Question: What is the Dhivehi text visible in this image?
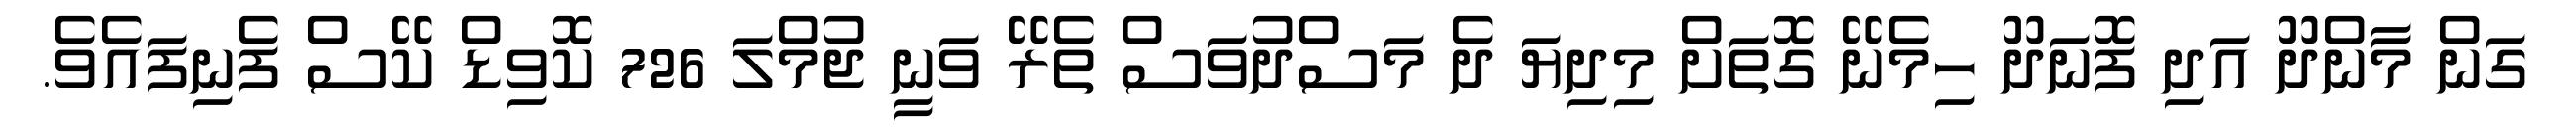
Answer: ގަން މާންދޫ އަދި ފޮނަދޫ ހިމެނޭ ގޮތަށް މިދިޔަ ދެ މަސްދުވަސް ތެރޭ ވަނީ ޖުމްލަ 726 ކޮވިޑް ކޭސް ފެނިފައެވެ.